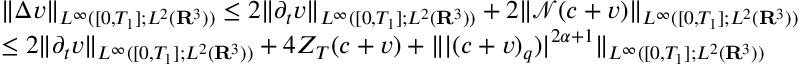
\begin{array} { r l } & { \| \Delta v \| _ { L ^ { \infty } ( [ 0 , T _ { 1 } ] ; L ^ { 2 } ( { \mathbf R } ^ { 3 } ) ) } \leq 2 \| \partial _ { t } v \| _ { L ^ { \infty } ( [ 0 , T _ { 1 } ] ; L ^ { 2 } ( { \mathbf R } ^ { 3 } ) ) } + 2 \| \mathcal { N } ( c + v ) \| _ { L ^ { \infty } ( [ 0 , T _ { 1 } ] ; L ^ { 2 } ( { \mathbf R } ^ { 3 } ) ) } } \\ & { \leq 2 \| \partial _ { t } v \| _ { L ^ { \infty } ( [ 0 , T _ { 1 } ] ; L ^ { 2 } ( { \mathbf R } ^ { 3 } ) ) } + 4 Z _ { T } ( c + v ) + \| | ( c + v ) _ { q } ) | ^ { 2 \alpha + 1 } \| _ { L ^ { \infty } ( [ 0 , T _ { 1 } ] ; L ^ { 2 } ( { \mathbf R } ^ { 3 } ) ) } } \end{array}